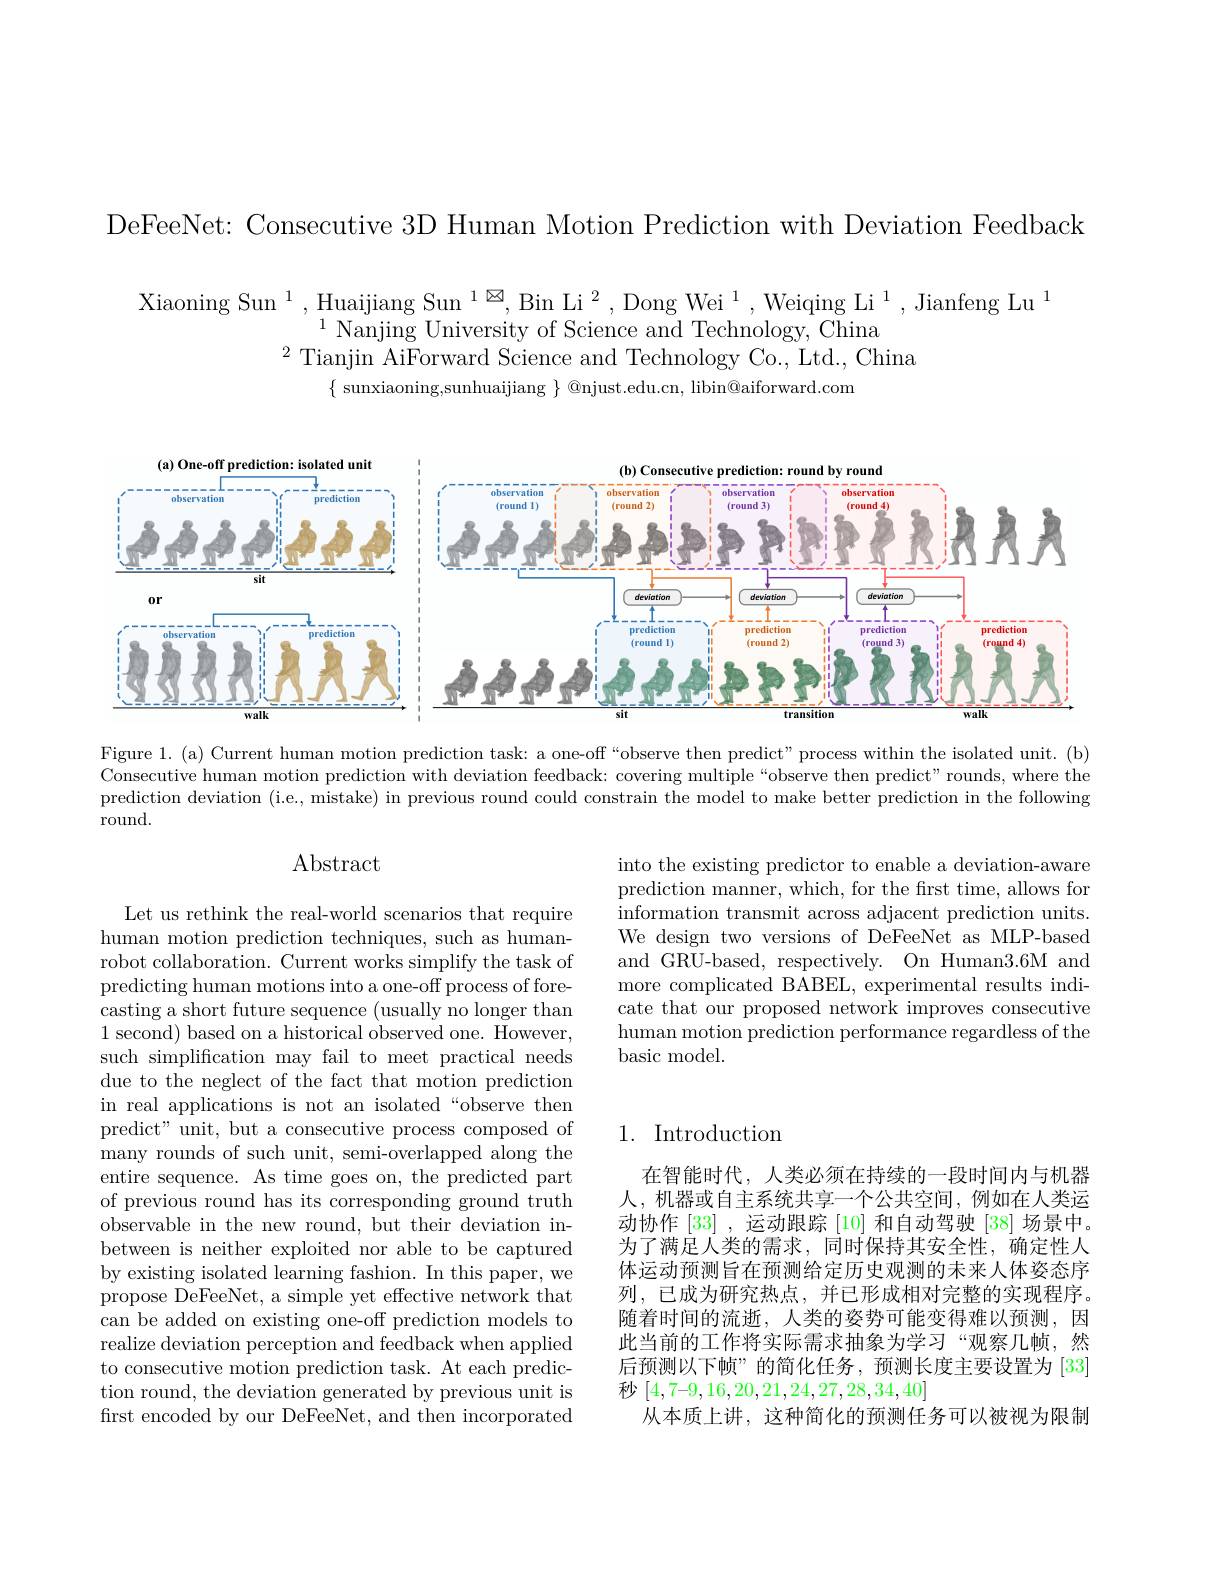
DeFeeNet: Consecutive 3D Human Motion Prediction with Deviation Feedback

Xiaoning Sun$^1,\text{Huaijiang Sun}^{1\boxtimes},\text{Bin Li}^{2},\text{Dong Wei}^{1},\text{Weiqing Li}^{1},\text{Jianfeng Lu}^{1}$
$^{1}$Nanjing University of Science and Technology, China
$^{2}$Tianjin AiForward Science and Technology Co., Ltd., China
$\{$ sunxiaoning,sunhuaijiang $\}$ @njust.edu.cn, libin@aiforward.com

<FigureHere>

Figure 1. (a) Current human motion prediction task: a one-off “observe then predict" process within the isolated unit. (b) Consecutive human motion prediction with deviation feedback: covering multiple“observe then predict” rounds, where the prediction deviation (i.e., mistake) in previous round could constrain the model to make better prediction in the following round.

Abstract

into the existing predictor to enable a deviation-aware prediction manner, which, for the first time, allows for information transmit across adjacent prediction units. We design two versions of DeFeeNet as MLP-based and GRU-based, respectively. On Human3.6M and more complicated BABEL, experimental results indicate that our proposed network improves consecutive human motion prediction performance regardless of the basic model.

## 1. Introduction

Let us rethink the real-world scenarios that require human motion prediction techniques, such as humanrobot collaboration. Current works simplify the task of predicting human motions into a one-off process of forecasting a short future sequence (usually no longer than 1 second) based on a historical observed one. However, such simplification may fail to meet practical needs due to the neglect of the fact that motion prediction in real applications is not an isolated“observe then predict" unit, but a consecutive process composed of many rounds of such unit, semi-overlapped along the entire sequence. As time goes on, the predicted part of previous round has its corresponding ground truth observable in the new round, but their deviation inbetween is neither exploited nor able to be captured by existing isolated learning fashion. In this paper, we propose DeFeeNet, a simple yet effective network that can be added on existing one-off prediction models to realize deviation perception and feedback when applied to consecutive motion prediction task. At each prediction round, the deviation generated by previous unit is first encoded by our DeFeeNet, and then incorporated

在智能时代，人类必须在持续的一段时间内与机器人，机器或自主系统共享一个公共空间，例如在人类运动协作[33] ,运动跟踪[10]和自动驾驶[38]场景中。为了满足人类的需求，同时保持其安全性，确定性人体运动预测旨在预测给定历史观测的未来人体姿态序列，已成为研究热点，并已形成相对完整的实现程序。随着时间的流逝，人类的姿势可能变得难以预测，因此当前的工作将实际需求抽象为学习“观察几帧，然后预测以下帧”的简化任务，预测长度主要设置为[33] 秒$[4,7–9,16,20,21,24,27,28,34,40]$
从本质上讲，这种简化的预测任务可以被视为限制